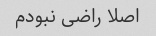
اصلا راضی نبودم